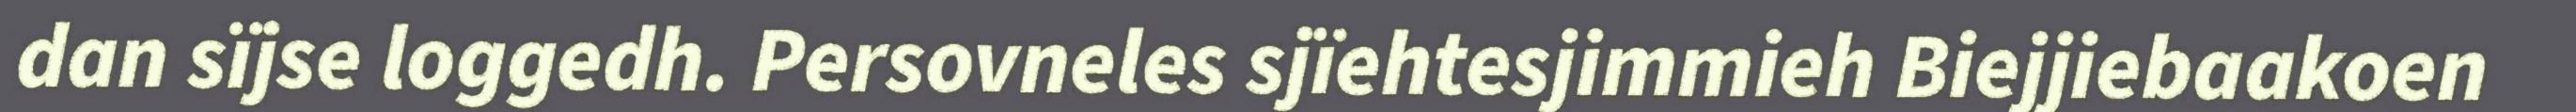
dan sïjse loggedh. Persovneles sjïehtesjimmieh Biejjiebaakoen